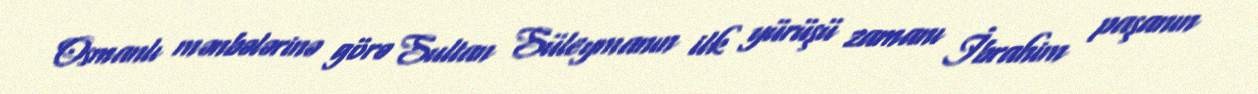
Osmanlı mənbələrinə görə Sultan Süleymanın ilk yürüşü zamanı İbrahim paşanın